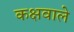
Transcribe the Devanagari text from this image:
कक्षवाले